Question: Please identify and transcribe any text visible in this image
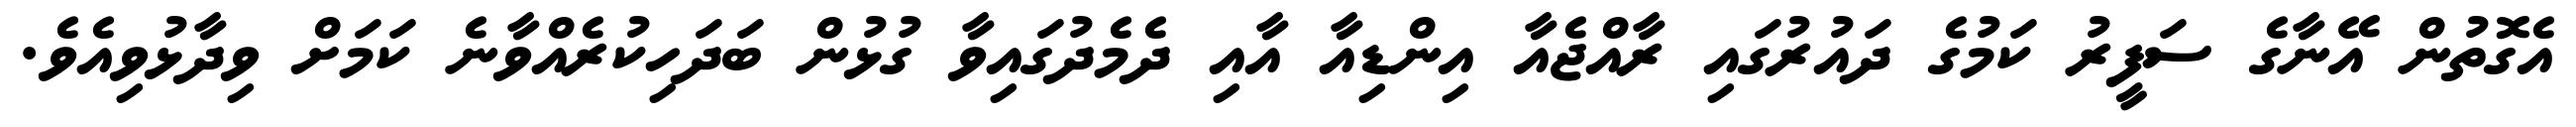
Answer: އެގޮތުން އޭނާގެ ސަފީރު ކަމުގެ ދައުރުގައި ރާއްޖެއާ އިންޑިއާ އާއި ދެމެދުގައިވާ ގުޅުން ބަދަހިކުރެއްވާނެ ކަމަށް ވިދާޅުވިއެވެ.